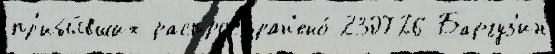
пр'ибы́вших распростран'ено́ 230726 Баргуз'ин